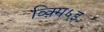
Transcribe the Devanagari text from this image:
व्क़्मि५इ